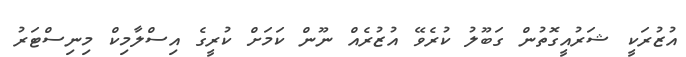
އުޒުރަކީ ޝަރުއީގޮތުން ގަބޫލު ކުރެވޭ އުޒުރެއް ނޫން ކަމަށް ކުރީގެ އިސްލާމިކް މިނިސްޓަރު